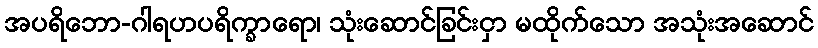
အပရိဘော-ဂါရဟပရိက္ခာရော၊ သုံးဆောင်ခြင်းငှာ မထိုက်သော အသုံးအဆောင်